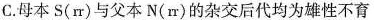
C.母本S(rr)与父本N(rr)的杂交后代均为雄性不育